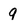
Character: 9